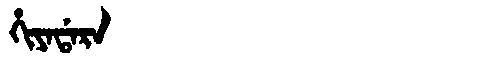
Manchu: ᡥᡳᠶᠠᡩᠠᡵᠠ
Romanization: HIYADARA